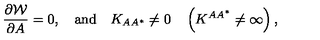
{ \frac { \partial { \cal W } } { \partial A } } = 0 , \quad \mathrm { a n d } \quad K _ { A A ^ { * } } \not = 0 \quad \left( K ^ { A A ^ { * } } \not = \infty \right) ,